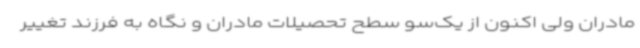
مادران ولی اکنون از یک‌سو سطح تحصیلات مادران و نگاه به فرزند تغییر